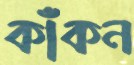
কাঁকন